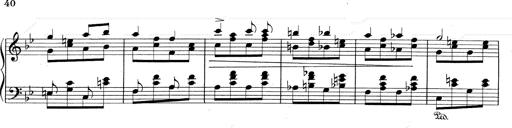
Title: RÃ©miniscences de Don Juan
Composer: Franz Liszt